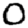
Digit: 0